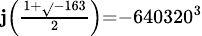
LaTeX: \scriptstyle\mathbf{j}\left({\frac{{1+{\sqrt{}{{-163}}}}}{{2}}}\right)=-640320^{3}